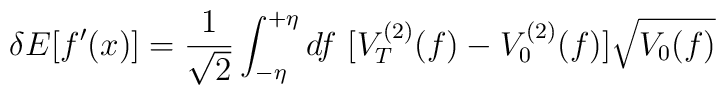
\delta E [ f'(x) ] =  {1\over {\sqrt{2}}} \int_{-\eta}^{+\eta} df ~                   [ V_T^{(2)} (f) - V_0^{(2)} (f) ] \sqrt{V_0 (f)}